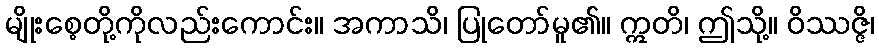
မျိုးစေ့တို့ကိုလည်းကောင်း။ အကာသိ၊ ပြုတော်မူ၏။ ဣတိ၊ ဤသို့။ ဝိဿဇ္ဇိ၊